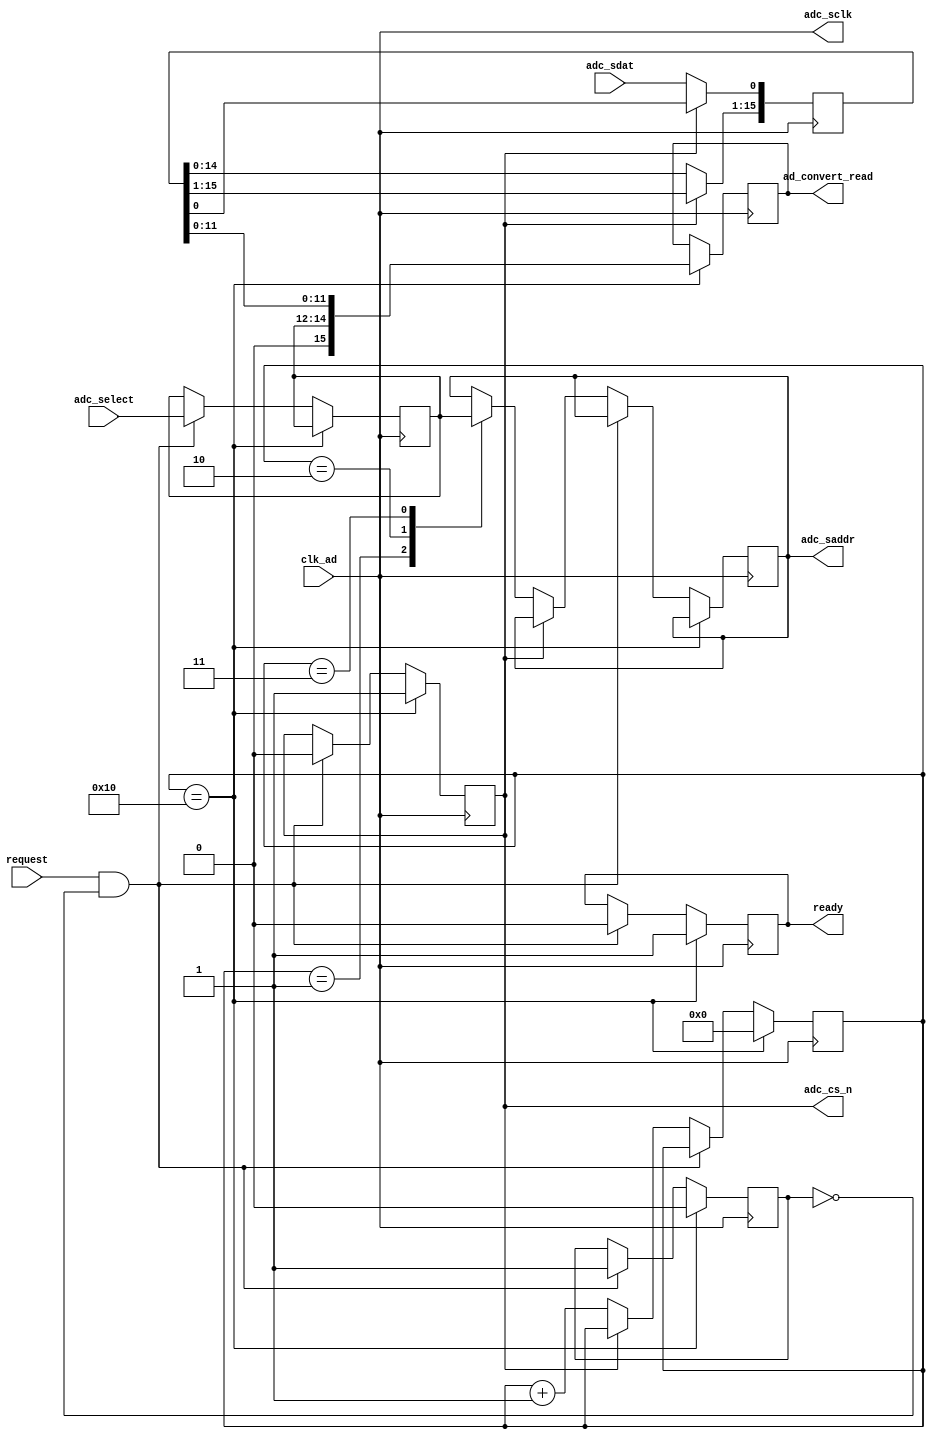
// Analog In_0: 24
// ADC_CS_N: A10
// ADC_SADDR: B10
// ADC_SDAT: A9
// ADC_SCLK: B14
// Resource: ftp://ftp.altera.com/up/pub/Altera_Material/12.1/Tutorials/DE0-Nano/Using_DE0-Nano_ADC.pdf
// ADC: http://www.ti.com/lit/ds/symlink/adc128s022.pdf


module DE0_ADC (
	clk_ad,
	adc_select,
	request,
	ready,
	ad_convert_read,
	
	// hardware connections, this block controls/ interfaces with them
	adc_sclk,
	adc_cs_n,
	adc_saddr,
	adc_sdat
);

parameter DATA_WIDTH = 12;
parameter ADC_SELECT_WIDTH = 3;
parameter DATA_CAPTURE_WIDTH = 16;

input clk_ad;																	// On chip clock (50MHz)
input [ADC_SELECT_WIDTH-1:0] adc_select; 								// channel width is always 3 bits
input request;																	// set high when requesting data
output ready;																	// This block will set "ready" when available for data conversion,
reg ready = 1'b1;																// and/or data is ready to be read
output [DATA_WIDTH + ADC_SELECT_WIDTH:0] ad_convert_read; 		// Converted data register + adc_select
reg [DATA_WIDTH + ADC_SELECT_WIDTH:0] ad_convert_read = {DATA_WIDTH + ADC_SELECT_WIDTH {1'b0}};

output adc_sclk;				// Sample Clock
wire adc_sclk;
assign adc_sclk = clk_ad;
output adc_cs_n;				// Chip select
reg adc_cs_n = 1'b1;
output adc_saddr;				// data address -> ADC channel address
reg adc_saddr = 1'b0;	
input adc_sdat;				// converted data bit from ADC


reg [7:0] data_state = 8'h00;
reg [ADC_SELECT_WIDTH-1:0] data_channel = {ADC_SELECT_WIDTH {1'b0}};
reg [DATA_CAPTURE_WIDTH-1:0] data_capture = {DATA_CAPTURE_WIDTH {1'b0}}; // 16
reg requestFF = 1'b0;


always @(posedge clk_ad) begin
	// On the final (16th) state, the converted data has been retrieved
	if (data_state == 8'h10) begin
		adc_cs_n <= 1'b1;
		ready <= 1'b1;
		data_state <= 8'h00;
		ad_convert_read <= {1'b0, data_channel, data_capture[11:0]};
		requestFF <= 1'b0;
	// On request from an outside controller, this block will
	// set the chip select and cache the channel address
	end else if (request == 1'b1 && requestFF == 1'b0) begin
		requestFF <= 1'b1;
		adc_cs_n <= 1'b0;
		ready <= 1'b0;
		data_channel <= adc_select;
		// MSB of ad_convert_read will always be 1'b0
	// Until state 16 is reached, the SM will loop here.
	// States 2,3,4 are when the ADC channel address is to
	// be transmitted.
	end else if (adc_cs_n == 1'b0) begin
		case (data_state)
			8'h01: begin
				adc_saddr <= data_channel[2];
			end
			8'h02: begin
				adc_saddr <= data_channel[1];
			end
			8'h03: begin
				adc_saddr <= data_channel[0];
			end
		endcase
		data_state <= data_state + 1'b1;
	end
end

// 16 state shift register to capture the bits
// coming from the ADC. The last four bits will be zero.
// This is inherent of the ADC, check the timing diagram in
// the data sheet if you would like proof.
always @(posedge clk_ad) begin
	if (adc_cs_n == 1'b0) begin
		data_capture <= data_capture << 1;
		data_capture[0] <= adc_sdat;
	end
end

endmodule